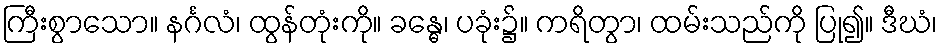
ကြီးစွာသော။ နင်္ဂလံ၊ ထွန်တုံးကို။ ခန္ဓေ၊ ပခုံး၌။ ကရိတွာ၊ ထမ်းသည်ကို ပြု၍။ ဒီဃံ၊